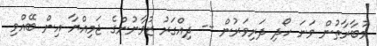
މުބާރާތުން ވަނަ ހޯދި ދަރިވަރުން -- ދިއްގަރު ޒުވާނުންގެ ޖަމިއްޔާ އިން ބޭއްވި